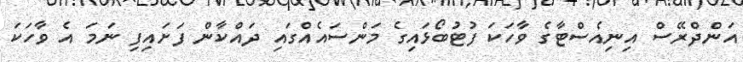
އަންދްރޭސް އިނިއެސްޓާގެ ވާހަކަ ފުޓުބޯޅައިގެ މަންސައެއްގައި ދައްކާން ފަށައިފި ނަމަ އެ ވާހަކަ